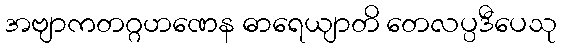
အဗျာကတဂ္ဂဟဏေန ဓာရေယျာတိ တေလပ္ပဒီပေသု